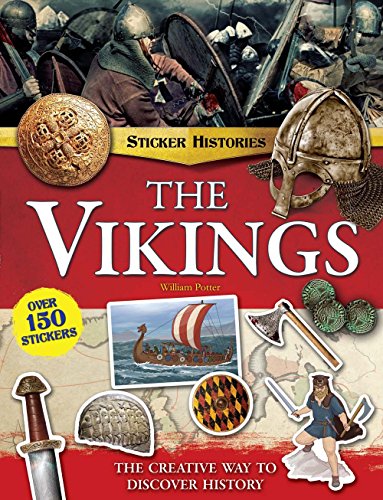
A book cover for The Vikings: The Creative Way to Discover History (Sticker Histories); William Potter; Children's Books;